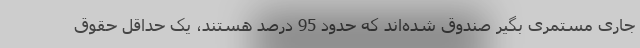
جاری مستمری بگیر صندوق شده‌اند که حدود 95 درصد هستند، یک حداقل حقوق